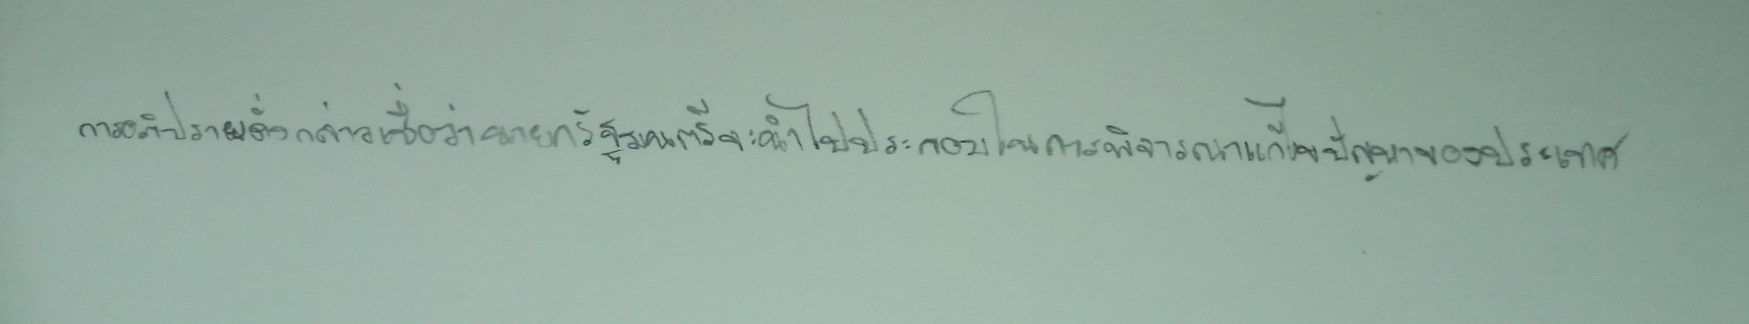
การอภิปรายดังกล่าวเชื่อว่านายกรัฐมนตรีจะนำไปประกอบในการพิจารณาแก้ไขปัญหาของประเทศ